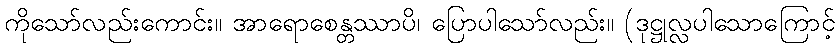
ကိုသော်လည်းကောင်း။ အာရောစေန္တဿာပိ၊ ပြောပါသော်လည်း။ (ဒုဋ္ဌုလ္လပါသောကြောင့်